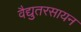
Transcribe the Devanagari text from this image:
वैद्युतरसायन